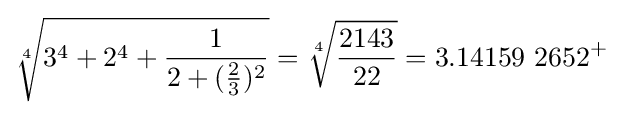
{\sqrt[{4}]{3^{4}+2^{4}+{\frac {1}{2+({\frac {2}{3}})^{2}}}}}={\sqrt[{4}]{\frac {2143}{22}}}=3.14159\ 2652^{+}